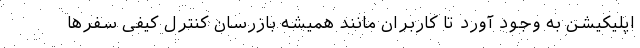
اپلیکیشن به وجود آورد تا کاربران مانند همیشه بازرسان کنترل کیفی سفرها